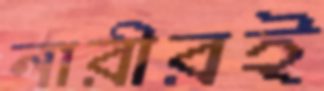
নারীরই